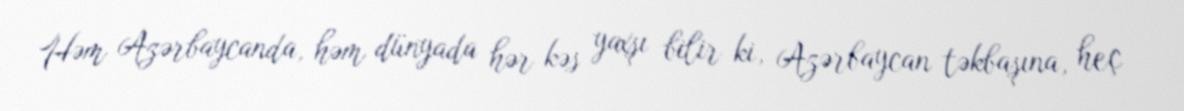
Həm Azərbaycanda, həm dünyada hər kəs yaxşı bilir ki, Azərbaycan təkbaşına, heç